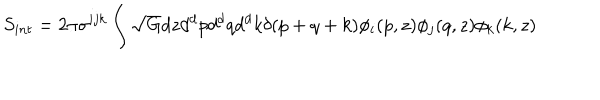
S _ { i n t } = 2 \pi \sigma ^ { i j k } \int \sqrt { G } d z d ^ { d } p d ^ { d } q d ^ { d } k \delta ( p + q + k ) \phi _ { i } ( p , z ) \phi _ { j } ( q , z ) \phi _ { k } ( k , z )